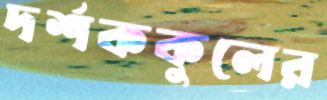
দর্শককুলের